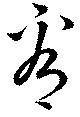
看